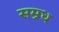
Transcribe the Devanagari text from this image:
सम्रध